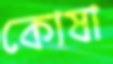
কোষা